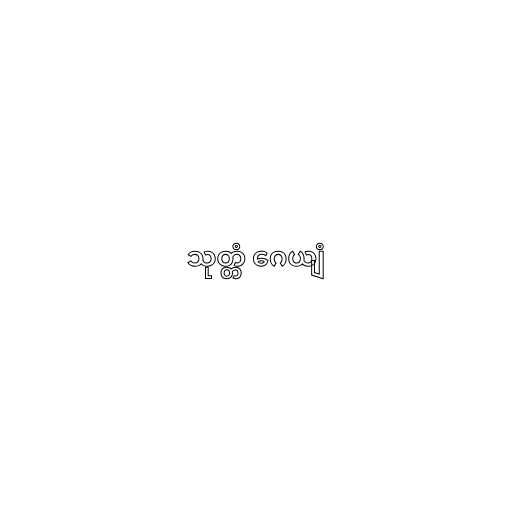
သုတ္တံ ဂေယျံ